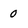
Character: 0